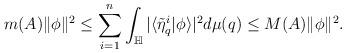
LaTeX: \begin{align*}m(A)\|\phi\|^2\leq\sum_{i=1}^{n}\int_{\mathbb{H}}|\langle\tilde{\eta}_{q}^i|\phi\rangle|^2 d\mu(q)\leq M(A)\|\phi\|^2.\end{align*}